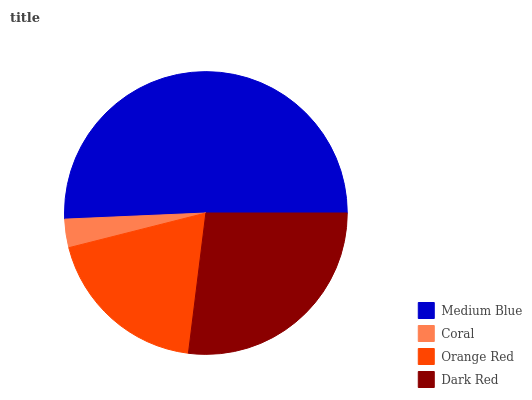
| Medium Blue | Coral | Orange Red | Dark Red |
 | --- | --- | --- | --- |
 | 50.7% | 3.25% | 19.1% | 26.9% |